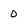
Character: 0